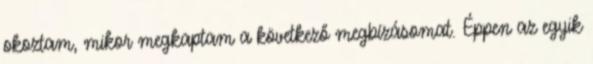
okoztam, mikor megkaptam a következő megbízásomat. Éppen az egyik